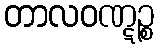
တာလဝဏ္ဋဉ္စ